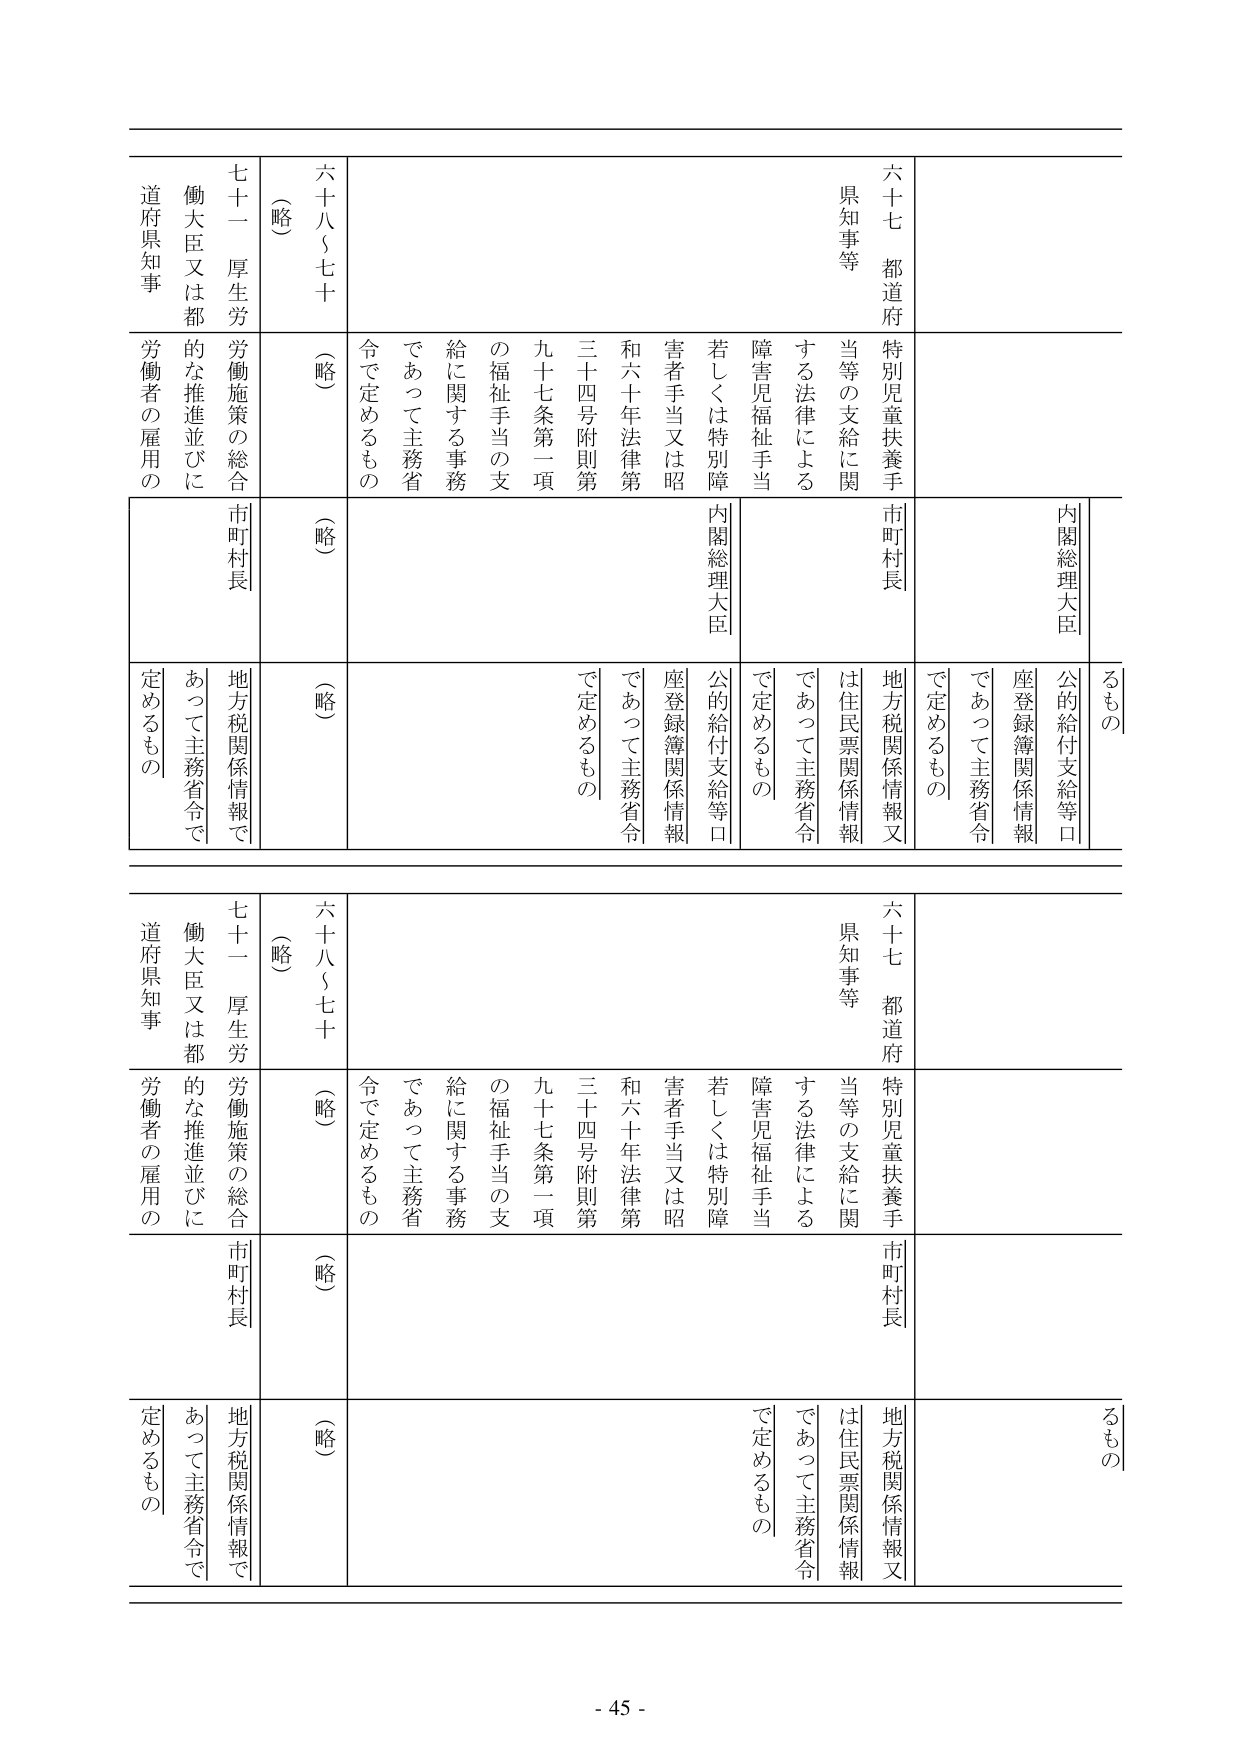
六十七 都道府
県知事等
特別児童扶養手当等の支給に関する法律による
障害児福祉手当若しくは特別障害者手当又は昭和六十年法律第三十四号附則第九十七条第一項の福祉手当の支給に関する事務であって主務省令で定めるもの
六十八～七十
（略）
七十一 厚生労働大臣又は都道府県知事
労働施策の総合的な推進並びに労働者の雇用の
市町村長
（略）
内閣総理大臣
公的給付支給等口座登録簿関係情報であって主務省令で定めるもの
市町村長
地方税関係情報又は住民票関係情報であって主務省令で定めるもの
内閣総理大臣
公的給付支給等口座登録簿関係情報であって主務省令で定めるもの
六十七 都道府
県知事等
特別児童扶養手当等の支給に関する法律による
障害児福祉手当若しくは特別障害者手当又は昭和六十年法律第三十四号附則第九十七条第一項の福祉手当の支給に関する事務であって主務省令で定めるもの
六十八～七十
（略）
七十一 厚生労働大臣又は都道府県知事
労働施策の総合的な推進並びに労働者の雇用の
市町村長
（略）
地方税関係情報であって主務省令で定めるもの
るもの
- 45 -